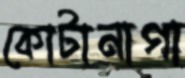
কোটানাগা